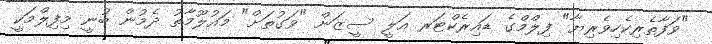
"ވަފާތެރިކެހިވެރިޔާ" ފިލްމްގެ ޑައިރެކްޓަރ އަލީ ސީޒަން "ވަގުތަށް" މައުލޫމާތު ދެމުން ބުނީ މިފިލްމަކީ